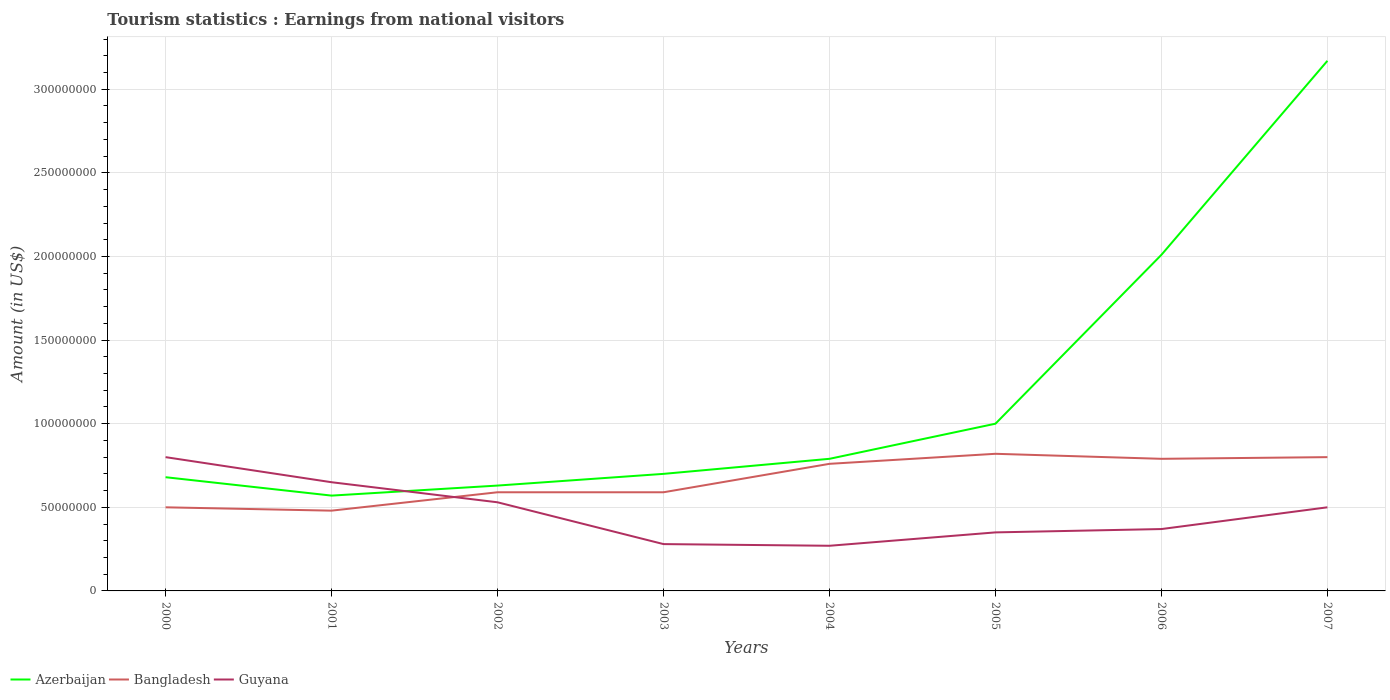
| Years | Azerbaijan | Bangladesh | Guyana |
 | --- | --- | --- | --- |
 | 2000 | 6.8e+07 | 5e+07 | 8e+07 |
 | 2001 | 5.7e+07 | 4.8e+07 | 6.5e+07 |
 | 2002 | 6.3e+07 | 5.9e+07 | 5.3e+07 |
 | 2003 | 7e+07 | 5.9e+07 | 2.8e+07 |
 | 2004 | 7.9e+07 | 7.6e+07 | 2.7e+07 |
 | 2005 | 1e+08 | 8.2e+07 | 3.5e+07 |
 | 2006 | 2.01e+08 | 7.9e+07 | 3.7e+07 |
 | 2007 | 3.17e+08 | 8e+07 | 5e+07 |